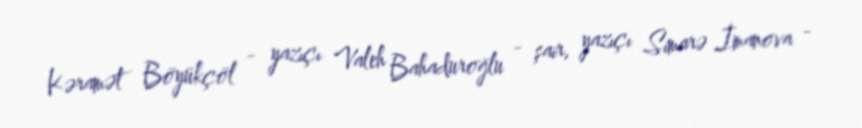
Kəramət Böyükçöl - yazıçı Valeh Bahaduroğlu - şair, yazıçı Simarə İmanova -